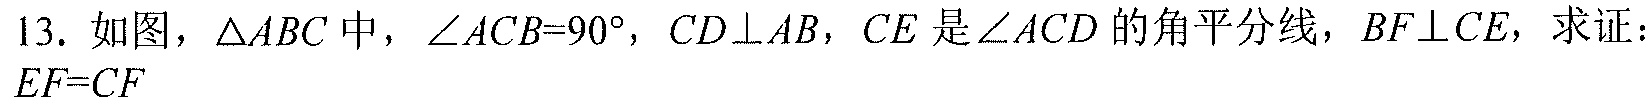
13. 如图，\(\triangle ABC\)中，\(\angle ACB = 90^{\circ}\)，\(CD\perp AB\)，\(CE\)是\(\angle ACD\)的角平分线，\(BF\perp CE\)，求证：\(EF = CF\)